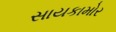
સાયકામોર